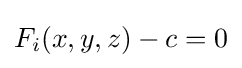
F_{i}(x,y,z)-c=0